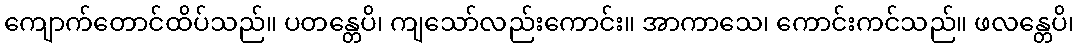
ကျောက်တောင်ထိပ်သည်။ ပတန္တေပိ၊ ကျသော်လည်းကောင်း။ အာကာသေ၊ ကောင်းကင်သည်။ ဖလန္တေပိ၊